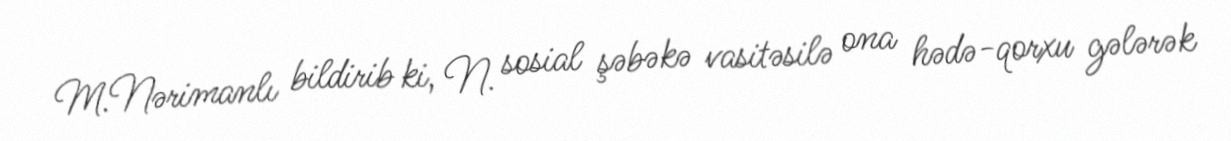
M.Nərimanlı bildirib ki, N. sosial şəbəkə vasitəsilə ona hədə-qorxu gələrək